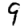
Digit: 9